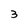
Character: 3